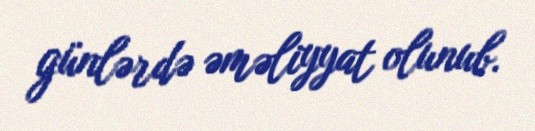
günlərdə əməliyyat olunub.